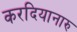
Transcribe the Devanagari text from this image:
करदियानारु